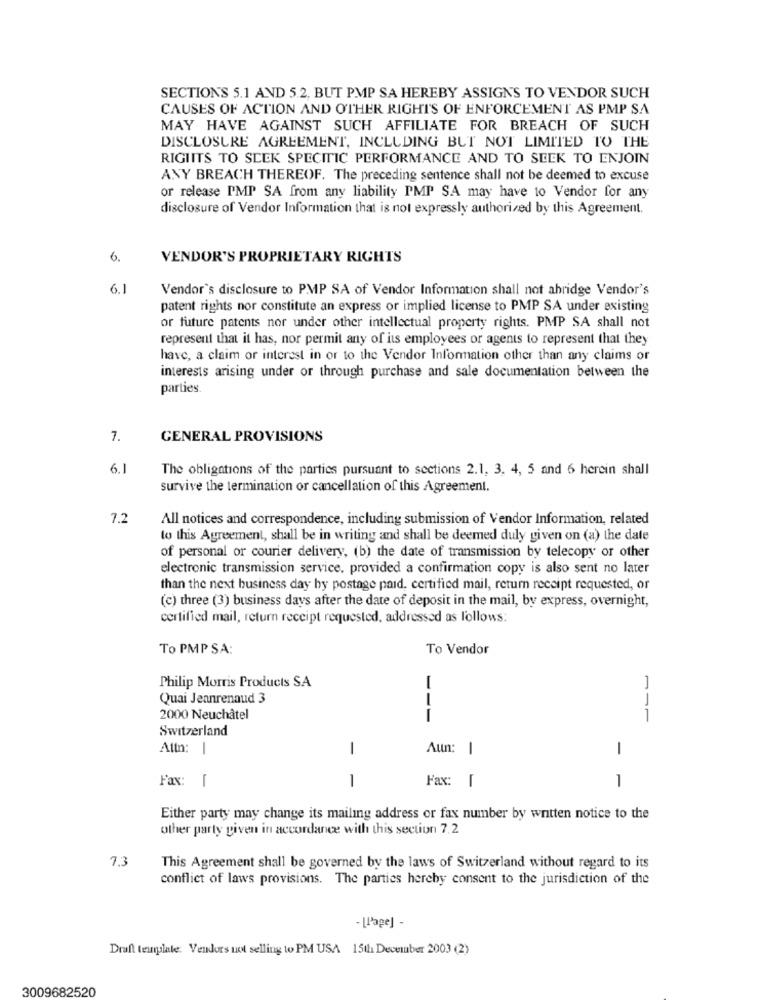
SECTIONS 5.1 AND 5.2, BUT PMP SA HEREBY ASSIGNS TO VENDOR SUCH
CAUSES OF ACTION AND OTHER RIGHTS OF ENFORCEMENT AS PMP SA
MAY HAVE AGAINST SUCH AFFILIATE FOR BREACH OF SUCH
DISCLOSURE AGREEMENT, INCLUDING BUT NOT LIMITED TO THE
RIGHTS TO SEEK SPECITIC PERFORMANCE AND TO SEEK TO ENJOIN
ANY BREACH THEREOF. The preceding sentence shall not be deemed to excuse
or release PMP SA from any liability PMP SA may have to Vendor for any
disclosure of Vendor Information that is not expressly authorized by this Agreement.
6.
VENDOR'S PROPRIETARY RIGHTS
6.1
Vendor's disclosure to PMP SA of Vendor Information shall not abridge Vendor's
patent rights nor constitute an express or implied license to PMP SA under existing
or future patents nor under other intellectual property rights. PMP SA shall not
represent that it has, nor permit any of its employees or agents to represent that they
have, a claim or interest in or to the Vendor Information other than any claims or
interests arising under or through purchase and sale documentation between the
parties.
7.
GENERAL PROVISIONS
6.1
The obligations of the parties pursuant to sections 2.1, 3, 4, 5 and 6 herein shall
survive the termination or cancellation of this Agreement.
7.2
All notices and correspondence, including submission of Vendor Information, related
to this Agreement, shall be in writing and shall be deemed duly given on (a) the date
of personal or courier delivery, (b) the date of transmission by telecopy or other
electronic transmission service, provided a confirmation copy is also sent no later
than the next business day by postage paid, certified mail, return receipt requested, or
(c) three (3) business days after the date of deposit in the mail, by express, overnight,
certified mail, return receipt requested, addressed as follows:
To PMP SA:
To Vendor
Philip Morris Products SA
Quai Jeanrenaud 3
2000 Neuchâtel
---
Switzerland
Attn:
1
1
Aun: 1
1
Fax: [
1
Fax: [
1
Either party may change its mailing address or fax number by written notice to the
other party given in accordance with this section 7.2
7.3
This Agreement shall be governed by the laws of Switzerland without regard to its
conflict of laws provisions. The parties hereby consent to the jurisdiction of the
- [Page] -
Draft template. Vendors not selling to PM USA 15th December 2003 (2)
3009682520